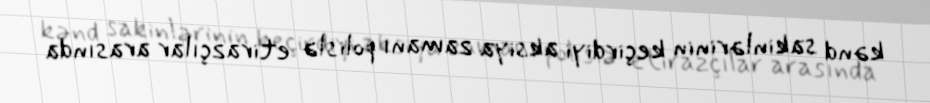
kənd sakinlərinin keçirdiyi aksiya zamanı polislə etirazçılar arasında